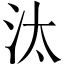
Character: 汰